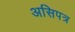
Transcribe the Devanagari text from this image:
असिपत्र